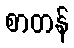
စာတန်